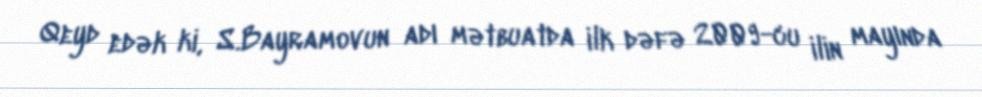
Qeyd edək ki, S.Bayramovun adı mətbuatda ilk dəfə 2009-cu ilin mayında